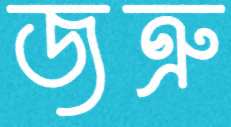
জত্রু